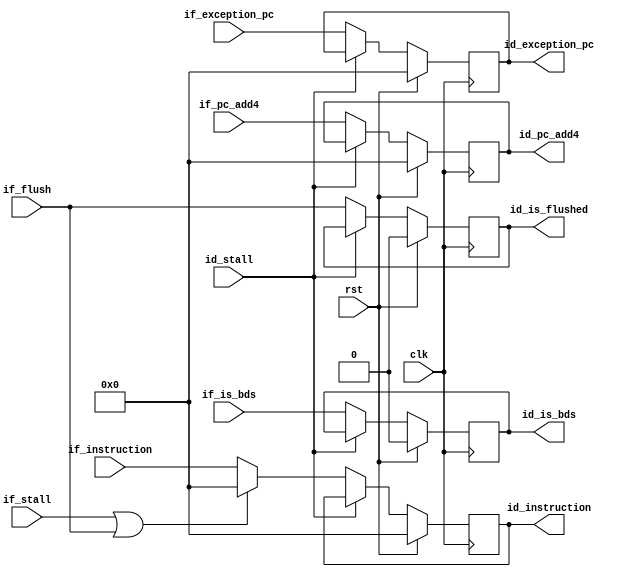
//==================================================================================================
//  Revision      : 1.0
//  Company       : Universidad Simn Bolvar
//
//  Description   : Pipeline register: IF -> ID
//==================================================================================================

module antares_ifid_register (
                              input             clk,             // main clock
                              input             rst,             // main reset
                              input [31:0]      if_instruction,  // Instruction from IF
                              input [31:0]      if_pc_add4,      // PC + 1 from IF
                              input [31:0]      if_exception_pc, // PC     from IF
                              input             if_is_bds,       // This instruction is a BDS.
                              input             if_flush,        // clean
                              input             if_stall,        // Stall IF
                              input             id_stall,        // Stall ID
                              output reg [31:0] id_instruction,  // ID instruction
                              output reg [31:0] id_pc_add4,      // PC + 1 to ID
                              output reg [31:0] id_exception_pc, // PC to ID
                              output reg        id_is_bds,       // Instruction is a BDS
                              output reg        id_is_flushed    // This instruction must be ignored
                              );

    always @(posedge clk) begin
        id_instruction  <= (rst) ? 32'b0 : ((id_stall) ? id_instruction  : ((if_stall | if_flush) ? 32'b0 : if_instruction));
        id_pc_add4      <= (rst) ? 32'b0 : ((id_stall) ? id_pc_add4                                       : if_pc_add4);
        id_exception_pc <= (rst) ? 32'b0 : ((id_stall) ? id_exception_pc                                  : if_exception_pc);
        id_is_bds       <= (rst) ? 1'b0  : ((id_stall) ? id_is_bds                                        : if_is_bds);
        id_is_flushed   <= (rst) ? 1'b0  : ((id_stall) ? id_is_flushed                                    : if_flush);
    end
endmodule // antares_ifid_register